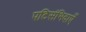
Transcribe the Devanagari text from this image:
पटिसंभिदाएँ